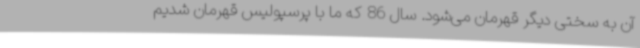
آن به سختی دیگر قهرمان می‌شود. سال 86 که ما با پرسپولیس قهرمان شدیم